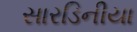
સારડિનીયા